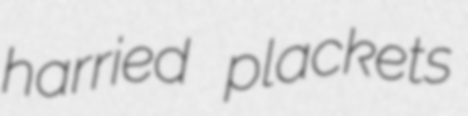
harried plackets